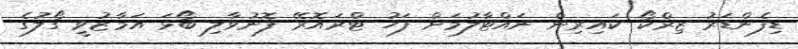
ޑިފެންޑަރު ޒިރްކޯ ކައިރިން ނައްޓާލުމަށް ފަހު ޓްރައޮރޭ ފޮނުވާލި ބޯޅަ އަމާޒުވީ ގޯލުގެ